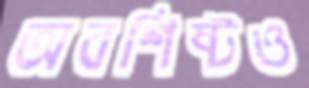
অবশিষ্টও